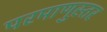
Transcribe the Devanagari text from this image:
परमाणुस्तर